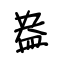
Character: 盎